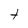
Character: t